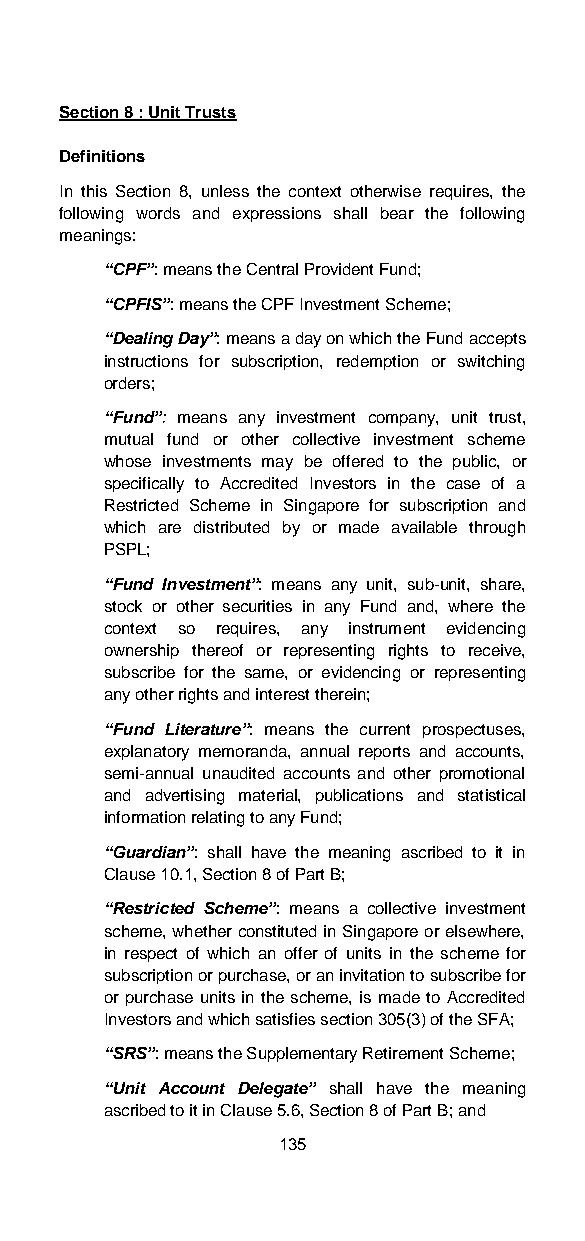
Section 8 : Unit Trusts
 Definitions
 In this Section 8, unless the context otherwise requires, the
 following words and expressions shall bear the following
 meanings:
 “CPF”: means the Central Provident Fund;
 “CPFIS”: means the CPF Investment Scheme;
 “Dealing Day”: means a day on which the Fund accepts
 instructions for subscription, redemption or switching
 orders;
 “Fund”: means any investment company, unit trust,
 mutual fund or other collective investment scheme
 whose investments may be offered to the public, or
 specifically to Accredited Investors in the case of a
 Restricted Scheme in Singapore for subscription and
 which are distributed by or made available through
 PSPL;
 “Fund Investment”: means any unit, sub-unit, share,
 stock or other securities in any Fund and, where the
 context so requires, any instrument evidencing
 ownership thereof or representing rights to receive,
 subscribe for the same, or evidencing or representing
 any other rights and interest therein;
 “Fund Literature”: means the current prospectuses,
 explanatory memoranda, annual reports and accounts,
 semi-annual unaudited accounts and other promotional
 and advertising material, publications and statistical
 information relating to any Fund;
 “Guardian”: shall have the meaning ascribed to it in
 Clause 10.1, Section 8 of Part B;
 “Restricted Scheme”: means a collective investment
 scheme, whether constituted in Singapore or elsewhere,
 in respect of which an offer of units in the scheme for
 subscription or purchase, or an invitation to subscribe for
 or purchase units in the scheme, is made to Accredited
 Investors and which satisfies section 305(3) of the SFA;
 “SRS”: means the Supplementary Retirement Scheme;
 “Unit Account Delegate” shall have the meaning
 ascribed to it in Clause 5.6, Section 8 of Part B; and
 135